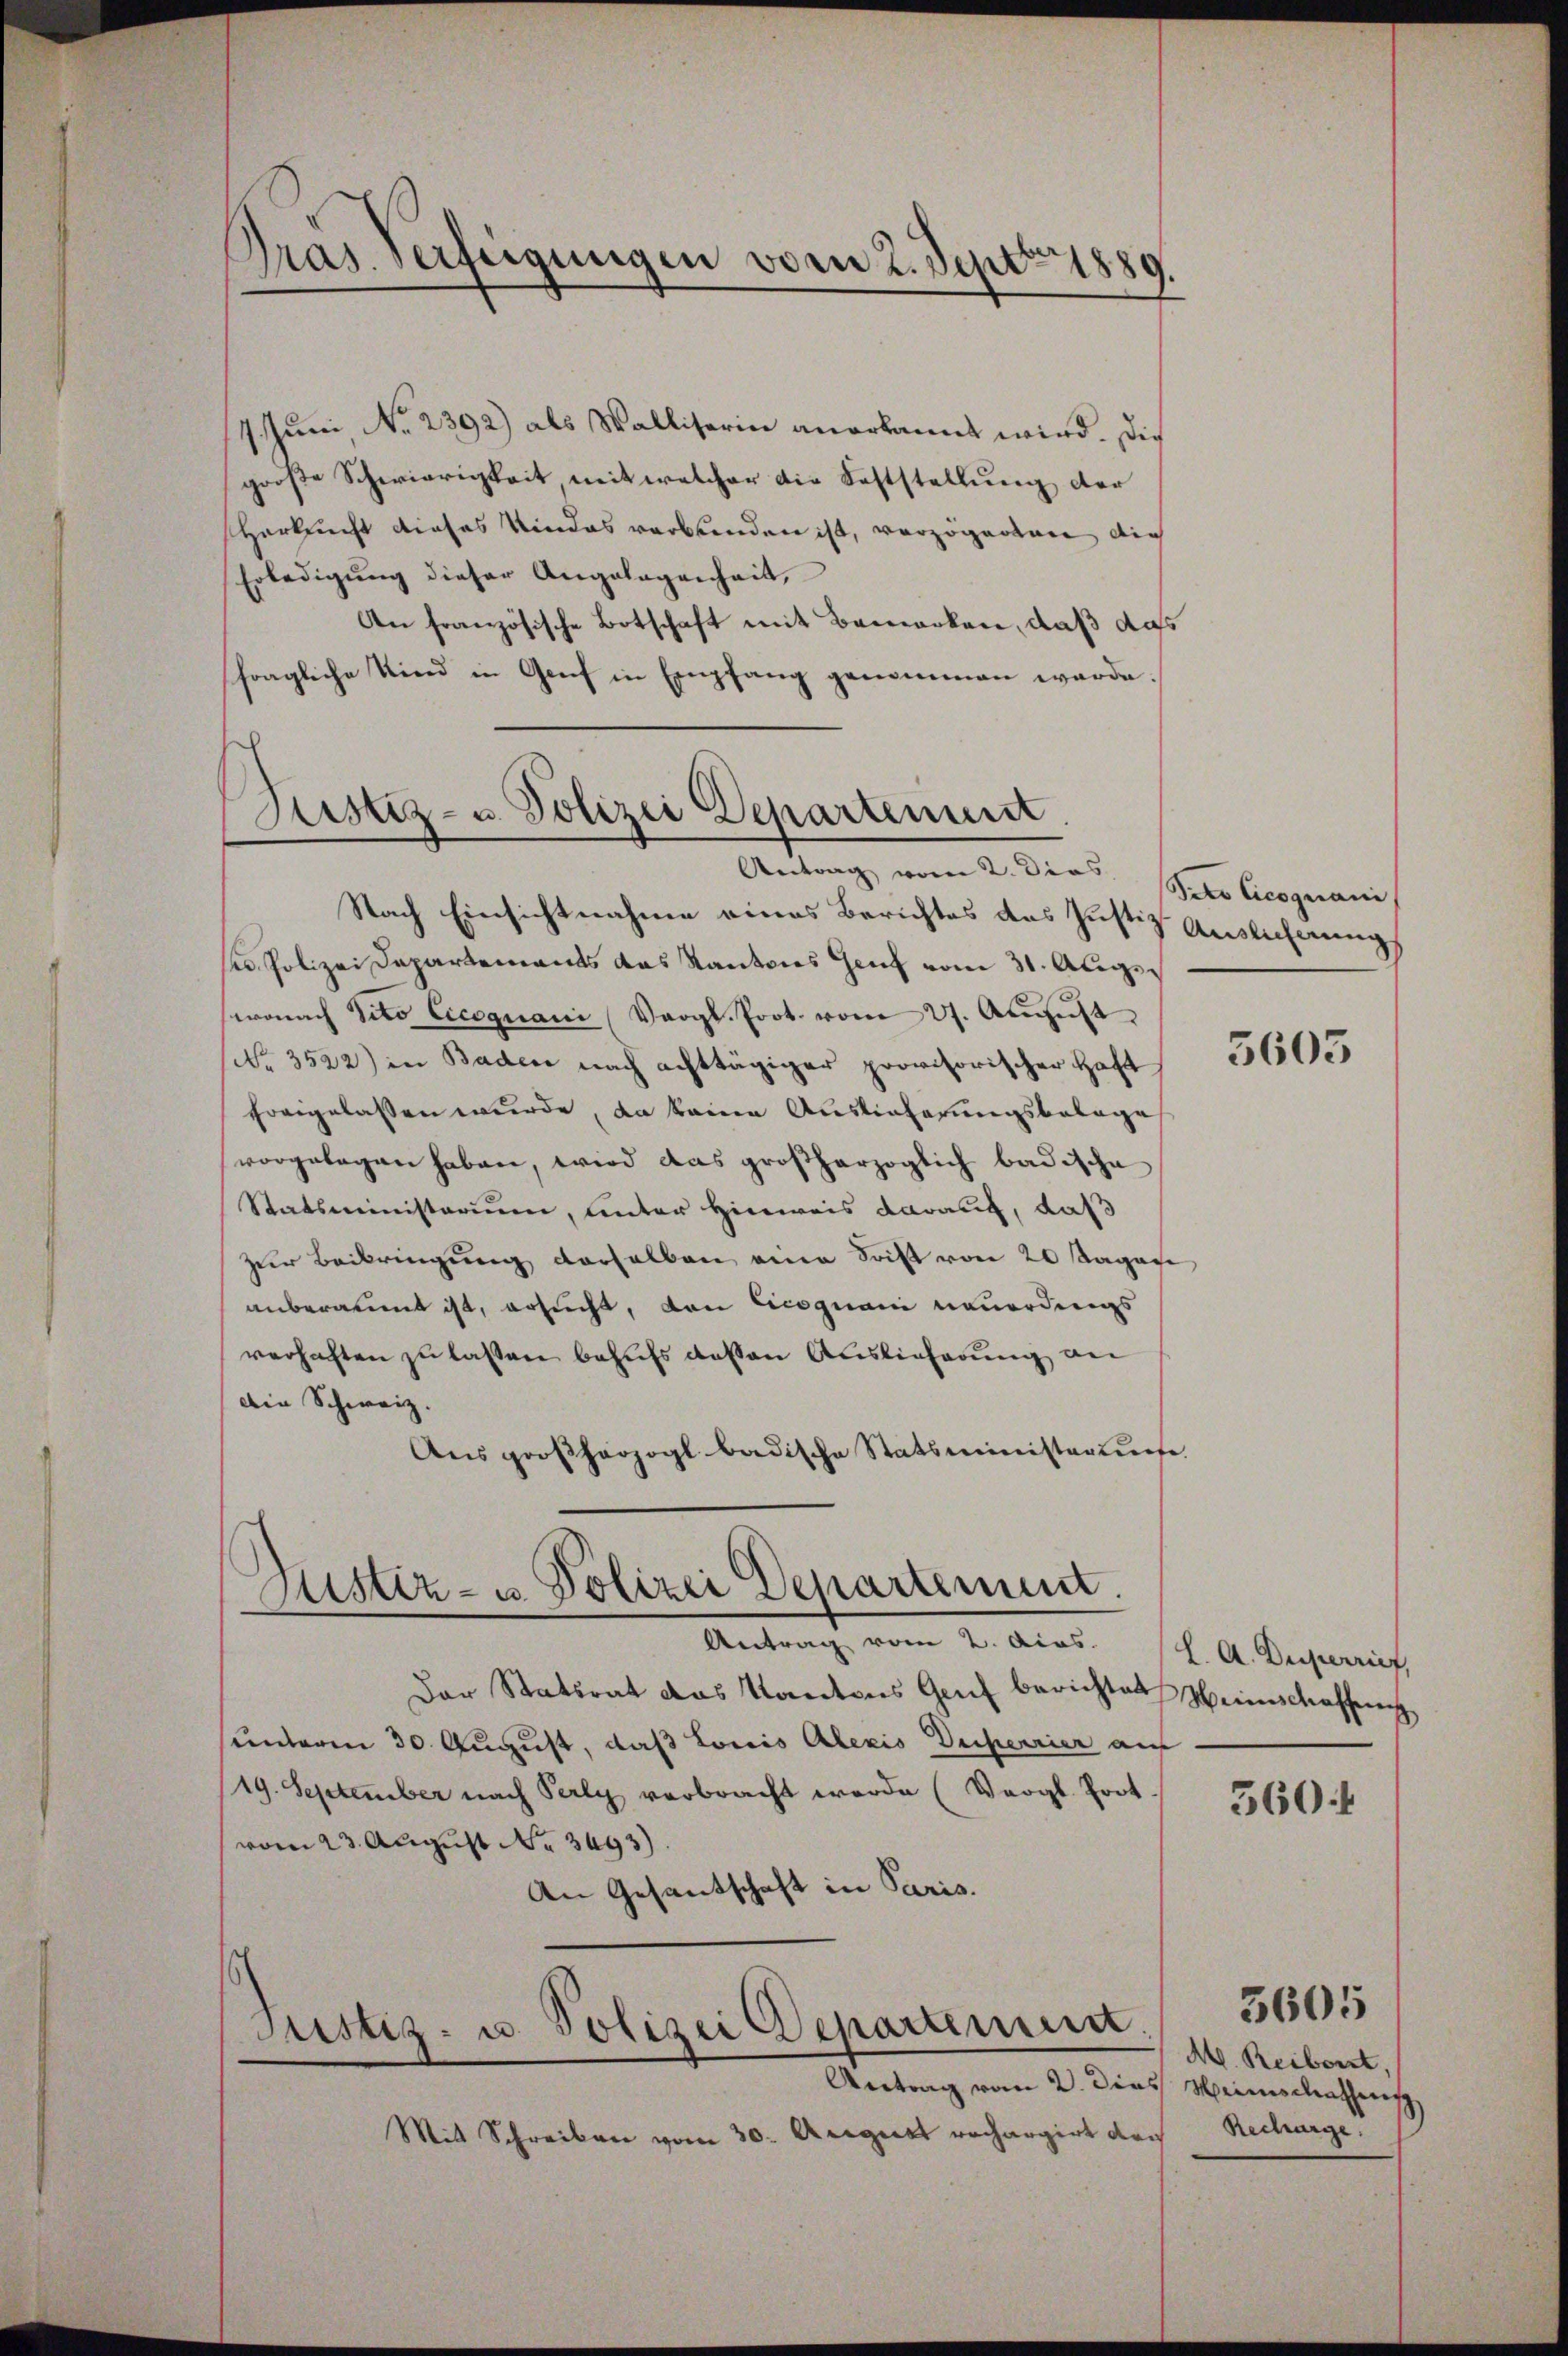
Drai Verfeigungen vom 2. Sept. 1889.

1. Juni, No. 2392) als Walliserin anerkannt wird. Die
große Schwierigkeit mit welcher die Feststellung der
Harknecht dieses Kindes verbunden ist, verzögerten dich
Erledigung dieser Angelegenheit,
An französische Botschaft mit Bemerken, daß aufs
fragliche Kind in Genf in Empfang genommen werde.
Nach Einsichtnahme eines Berichtes des Justiz Auslicherung
s Polizei Departements das Kantons Genf vom 31. Augswonach Vito Cicognani (Vergl. Prot. vom 27. August
No 3522) in Baden nach achttägiger provisorischer Haft
forgelassen wurde, da keine Auslieferungsbelage
vorgelegen haben, wird das großherzoglich badische
Statsministerium, unter Hinweis darauf, daß
zur Beibringung derselben eine Stift von 20 sagen
anberaumt ist, ersucht, den Cicoquani neuerdings
verhaften zu lassen behufs dessen Auslieferung an
Die Schweiz.
Aus großherzogl badische Statsministerius
Ristiz- u. Polizei Departement.
Antrage vom 2. Art. 14. A. Beginnt
Der Statsrat das Kantons Genf berichtet Heimschaffung
sunterm 30. August, daß Lonis Alexis Deperrier auf
19. September nach Perly verbracht werde (Vergl. Prot
vom 23. August No. 3693).
An Gesantschaft in Paris.
Justiz- u. Polizei Departement.
Antrag vom 2. Dies Weinschathensch
Mit Schreiben vom 30. August rechargirt der

Justiz- u. Polizei Departement.
Andung, von A. Kurs stato langenen

5605

3604

M. Reibent.
Recharge

3605